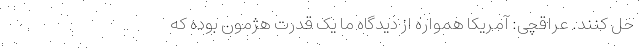
حل کنند. عراقچی: آمریکا همواره از دیدگاه ما یک قدرت هژمون بوده که